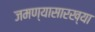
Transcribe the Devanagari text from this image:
जमण्यासारख्या